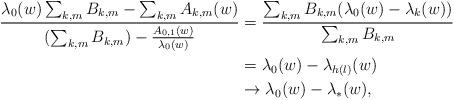
LaTeX: \begin{align*}\frac{\lambda_0(w)\sum_{k,m}B_{k,m}-\sum_{k,m}A_{k,m}(w)}{(\sum_{k,m}B_{k,m})-\frac{A_{0,1}(w)}{\lambda_0(w)}} & =\frac{\sum_{k,m}B_{k,m}(\lambda_0(w)-\lambda_k(w))}{\sum_{k,m}B_{k,m}}\\& =\lambda_0(w)-\lambda_{h(l)}(w)\\& \to \lambda_0(w)-\lambda_\ast(w),\end{align*}